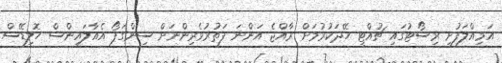
އަމިއްލަފުށި ރިސޯޓުގައި ޗުއްޓީ ހޭދަކުރުމަށް ރާއްޖެ އަންނަ ފަތުރުވެރިންނަށް ސިންގަޕޯ އެއާލައިންސް ހޮލިޑޭސް